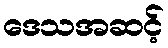
ဒေသအဆင့်